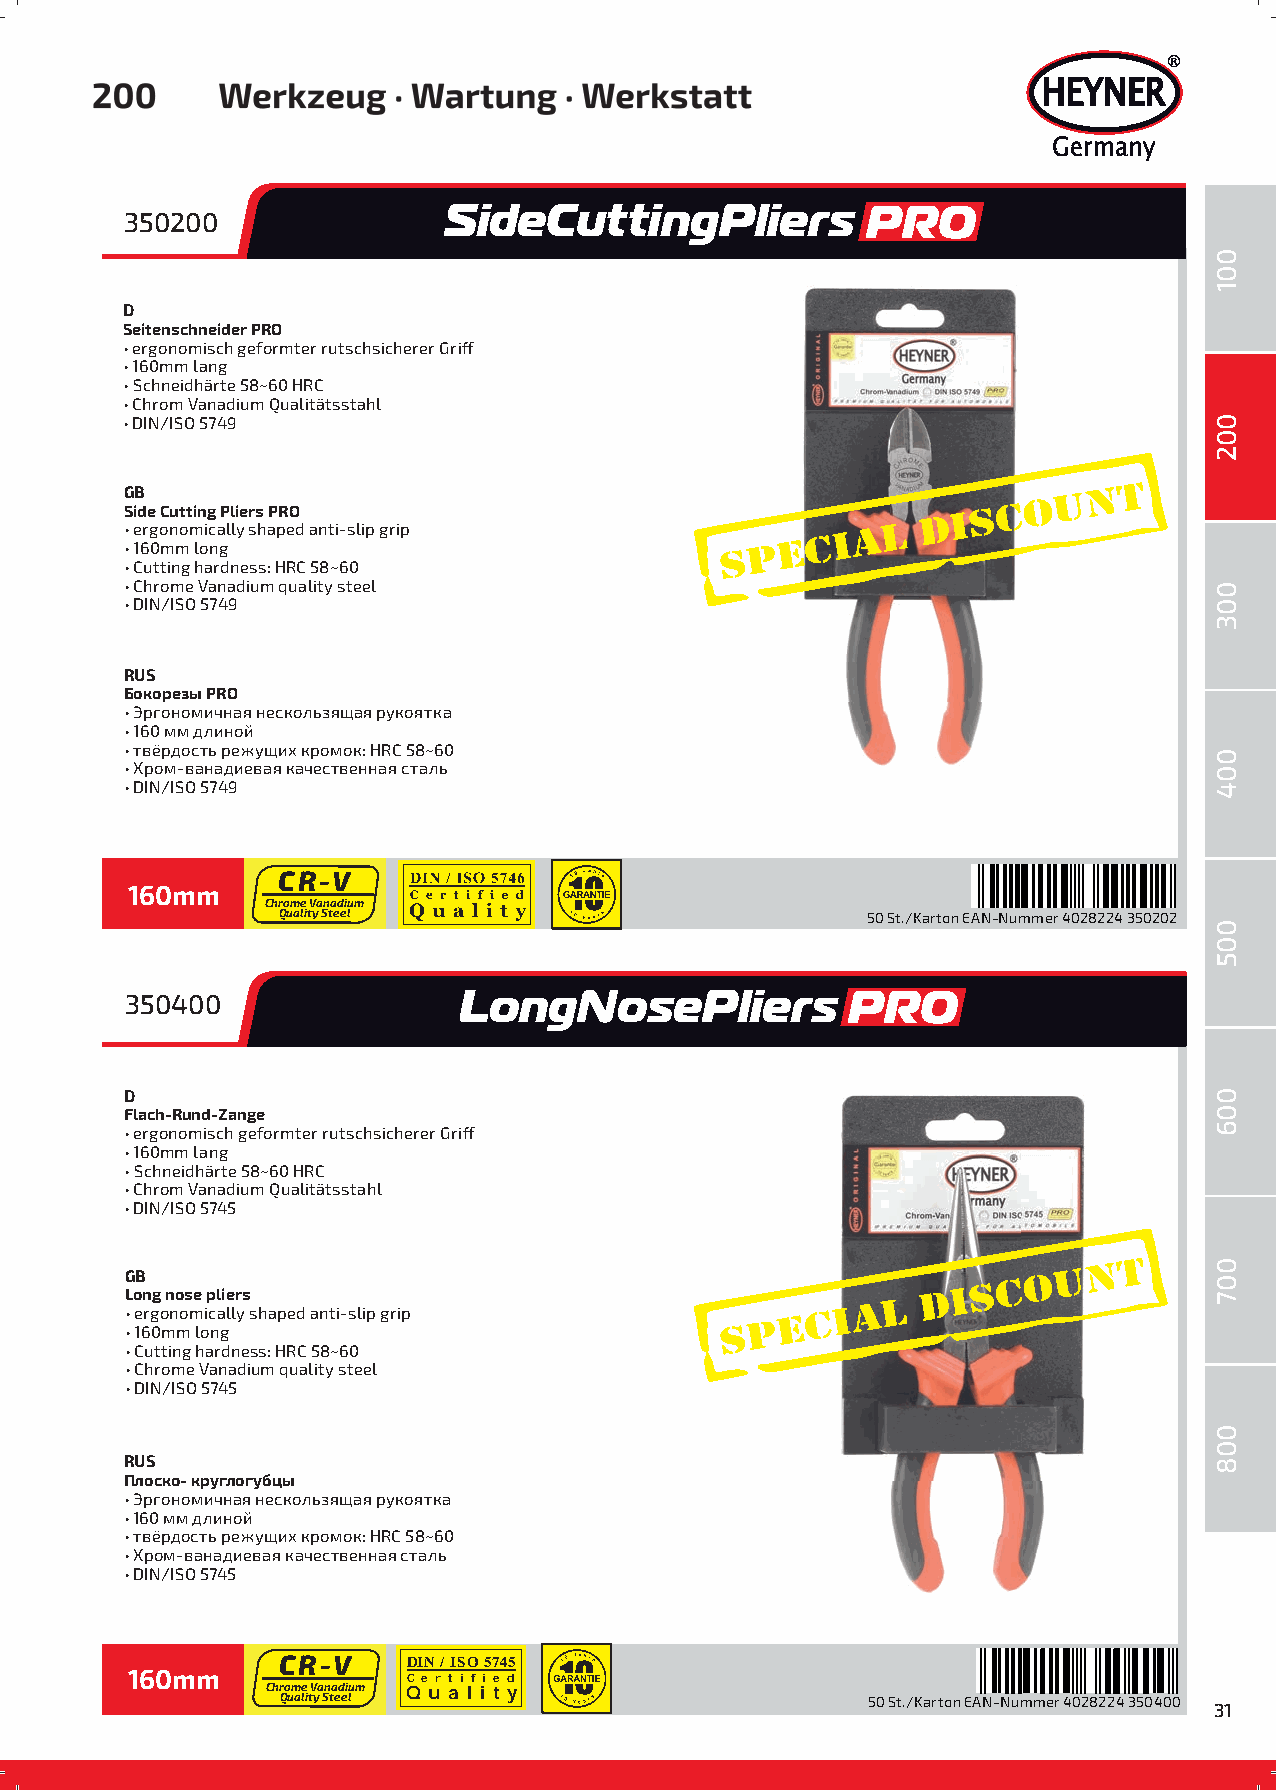
®
 HEYNER
 Germany
 350200               SideCuttingPliers           PRO
 D
 Seitenschneider PRO
 • ergonomisch geformter rutschsicherer Griff
 • 160mm lang
 • Schneidhärte 58~60 HRC
 • Chrom Vanadium Qualitätsstahl
 • DIN/ISO 5749
 GB
 Side Cutting Pliers PRO
 • ergonomically shaped anti-slip grip
 • 160mm long
 • Cutting hardness: HRC 58~60
 • Chrome Vanadium quality steel
 • DIN/ISO 5749
 RUS
 Бокорезы PRO
 • Эргономичная нескользящая рукоятка
 • 160 мм длиной
 • твёрдость режущих кромок: HRC 58~60
 • Хром-ванадиевая качественная сталь
 • DIN/ISO 5749
 CR-V
 160mm
 Chrome Vanadium
 Quality Steel                          50 St./Karton EAN-Nummer 4028224 350202
 350400                LongNosePliers            PRO
 D
 Flach-Rund-Zange
 • ergonomisch geformter rutschsicherer Griff
 • 160mm lang
 • Schneidhärte 58~60 HRC
 • Chrom Vanadium Qualitätsstahl
 • DIN/ISO 5745
 GB
 Long nose pliers
 • ergonomically shaped anti-slip grip
 • 160mm long
 • Cutting hardness: HRC 58~60
 • Chrome Vanadium quality steel
 • DIN/ISO 5745
 RUS
 Плоско- круглогубцы
 • Эргономичная нескользящая рукоятка
 • 160 мм длиной
 • твёрдость режущих кромок: HRC 58~60
 • Хром-ванадиевая качественная сталь
 • DIN/ISO 5745
 CR-V
 DIN / ISO 5745
 160mm     Chr Qo um ae
 li
 tV ya Sn ta ed ei lum QC e ur at i lf ii te yd
 50 St./Karton EAN-Nummer 4028224 350400
 31
 001
 002
 003
 004
 005
 006
 007
 000018